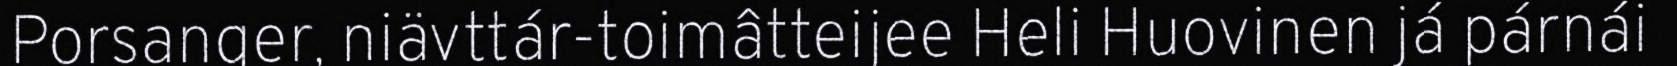
Porsanger, niävttár-toimâtteijee Heli Huovinen já párnái